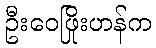
ဦးဝေဖြိုးဟန်က